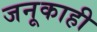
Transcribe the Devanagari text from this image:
जनूकाही